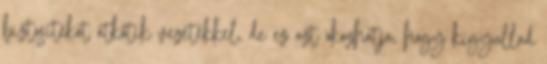
biztosítékot átkötik vezetékkel, de ez azt okozhatja, hogy kigyullad